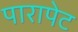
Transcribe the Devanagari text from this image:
पारापेट